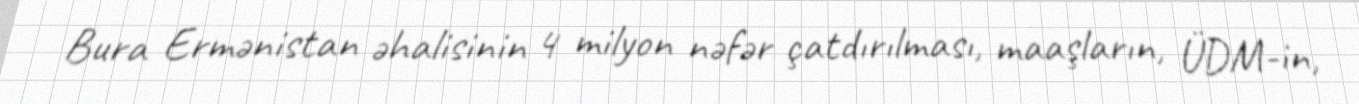
Bura Ermənistan əhalisinin 4 milyon nəfər çatdırılması, maaşların, ÜDM-in,